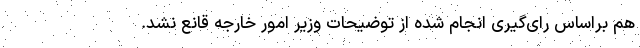
هم براساس رای‌گیری انجام شده از توضیحات وزیر امور خارجه قانع نشد.